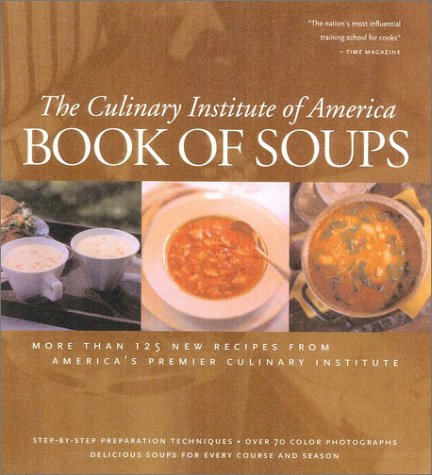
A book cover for Book of Soups: More than 100 Recipes for Perfect Soups; Culinary Institute of America; Cookbooks, Food & Wine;